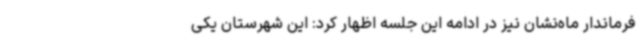
فرماندار ماه‌نشان نیز در ادامه این جلسه اظهار کرد: این شهرستان یکی